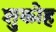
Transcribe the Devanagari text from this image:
शुकोह